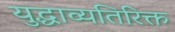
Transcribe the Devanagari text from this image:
युद्धाव्यतिरिक्त